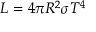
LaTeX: L = 4 \pi R ^ { 2 } \sigma T ^ { 4 }